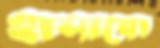
হাসাবো